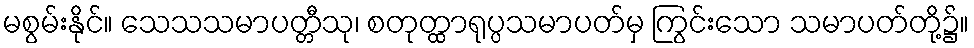
မစွမ်းနိုင်။ သေသသမာပတ္တီသု၊ စတုတ္ထာရုပ္ပသမာပတ်မှ ကြွင်းသော သမာပတ်တို့၌။